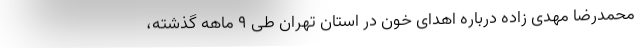
محمدرضا مهدی زاده درباره اهدای خون در استان تهران طی ۹ ماهه گذشته،